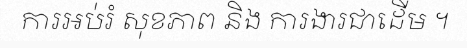
ការអប់រំ សុខភាព និង ការងារជាដើម ។